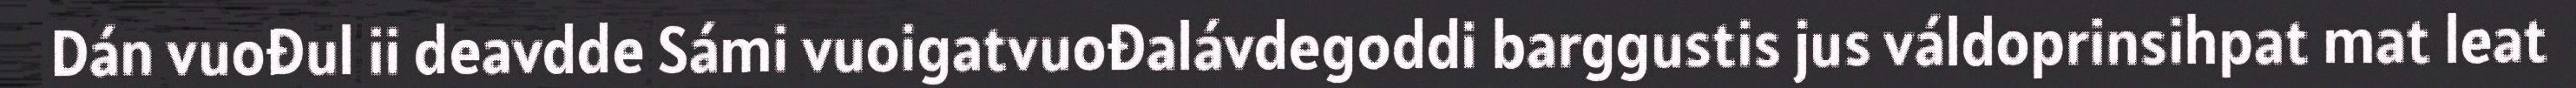
Dán vuođul ii deavdde Sámi vuoigatvuođalávdegoddi barggustis jus váldoprinsihpat mat leat